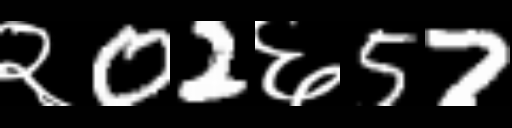
Text: २02६57